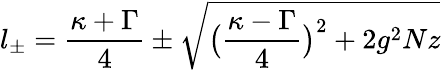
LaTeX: l_{\pm}=\frac{\kappa+\Gamma}{4}\pm\sqrt{\big(\frac{\kappa-\Gamma}{4}\big)^{2}+2g^{2}Nz}